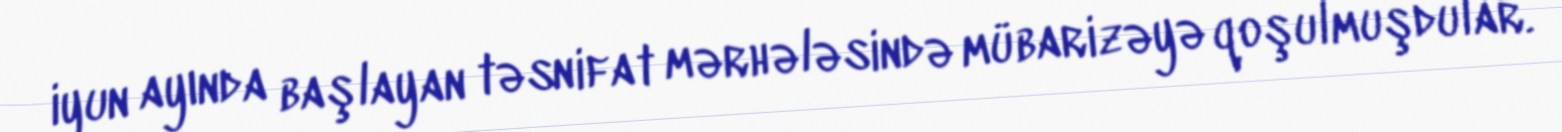
iyun ayında başlayan təsnifat mərhələsində mübarizəyə qoşulmuşdular.